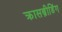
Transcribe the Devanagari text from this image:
क्रासब्रीडिंग